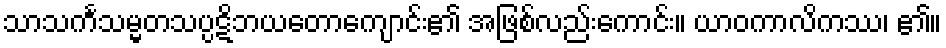
သာသင်္ကသမ္မတသပ္ပဋိဘယတောကျောင်း၏ အဖြစ်လည်းကောင်း။ ယာဝကာလိကဿ၊ ၏။